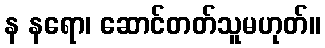
န နရော၊ ဆောင်တတ်သူမဟုတ်။